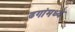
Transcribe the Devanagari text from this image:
ढगांमध्ये